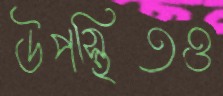
উপস্থিতও